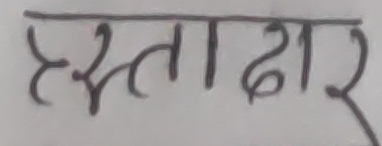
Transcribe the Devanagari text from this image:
हस्ताक्षर